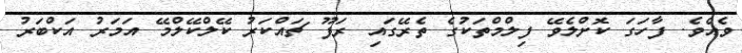
ވެއެވެ. ފާހަގަ ކޮށްލެވޭ ފިލްމްތަކުގެ ތެރޭގައި ރަފޫ ޗައްކަރު ކޭލްކޭލްމޭ އަމަރު އަކްބަރު